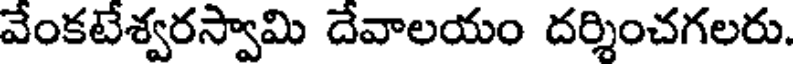
వేంకటేశ్వరస్వామి దేవాలయం దర్శించగలరు.